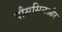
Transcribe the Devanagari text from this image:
पौससिनऔर